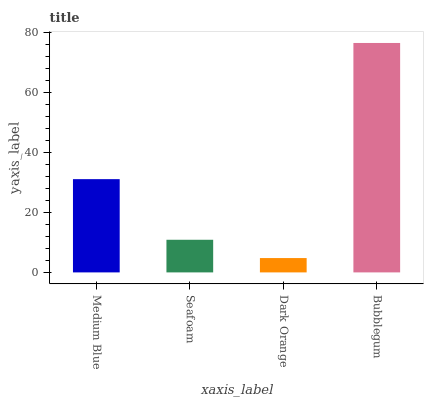
| xaxis_label | bars |
 | --- | --- |
 | Medium Blue | 31.1 |
 | Seafoam | 10.9 |
 | Dark Orange | 4.78 |
 | Bubblegum | 76.5 |